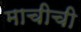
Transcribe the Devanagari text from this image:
माचीची